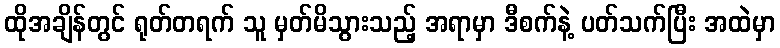
ထိုအချိန်တွင် ရုတ်တရက် သူ မှတ်မိသွားသည့် အရာမှာ ဒီစက်နဲ့ ပတ်သက်ပြီး အထဲမှာ